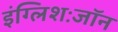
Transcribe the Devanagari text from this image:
इंग्लिशःजॉन